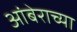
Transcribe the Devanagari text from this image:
आंबेराच्या